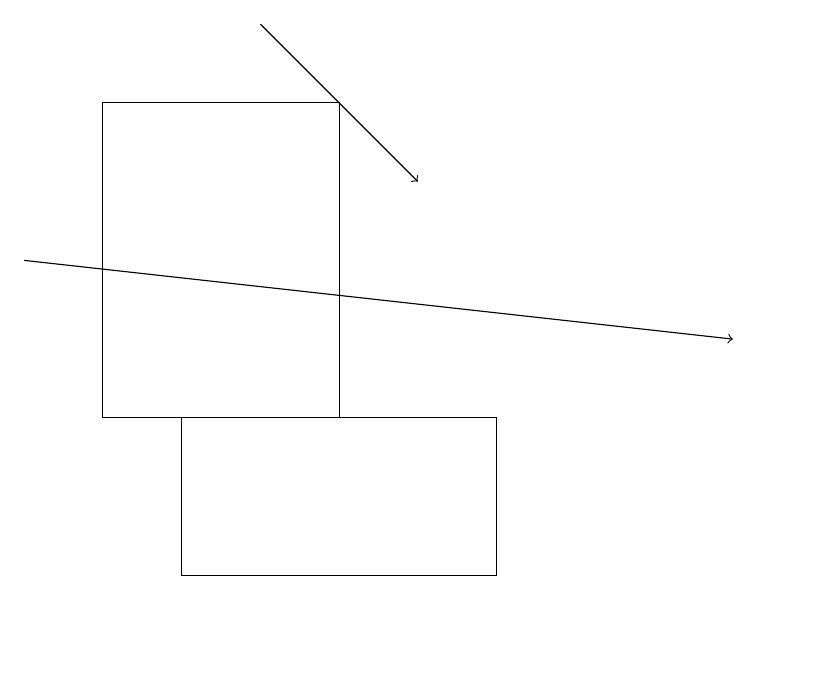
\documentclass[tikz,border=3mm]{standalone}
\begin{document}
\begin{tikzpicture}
\draw (2,14) rectangle (6,12);
\draw (4,18) rectangle (1,14);
\draw[->] (3,19) -- (5,17);
\draw (10,11) circle (0);
\draw[->] (0,16) -- (9,15);
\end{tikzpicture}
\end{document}